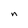
Character: n